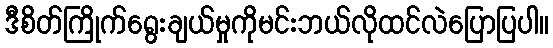
ဒီစိတ်ကြိုက်ရွေးချယ်မှုကိုမင်းဘယ်လိုထင်လဲပြောပြပါ။